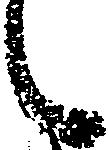
候